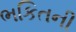
ભકિતની